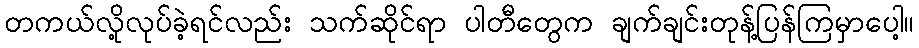
တကယ်လို့လုပ်ခဲ့ရင်လည်း သက်ဆိုင်ရာ ပါတီတွေက ချက်ချင်းတုန့်ပြန်ကြမှာပေါ့။